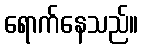
ရောက်နေသည်။